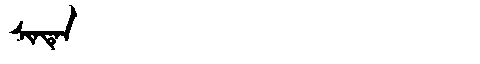
Manchu: ᠰᡳᠨᡨᡝᠨ
Romanization: SINTEN